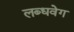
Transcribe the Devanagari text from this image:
लब्धवेग